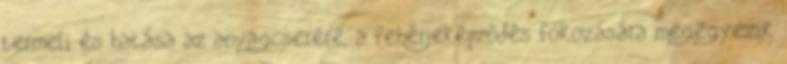
termeli és hatása az anyagcserére, a fehérjeképződés fokozására megegyezik